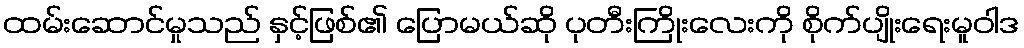
ထမ်းဆောင်မှုသည် နှင့်ဖြစ်၏ ပြောမယ်ဆို ပုတီးကြိုးလေးကို စိုက်ပျိုးရေးမူဝါဒ